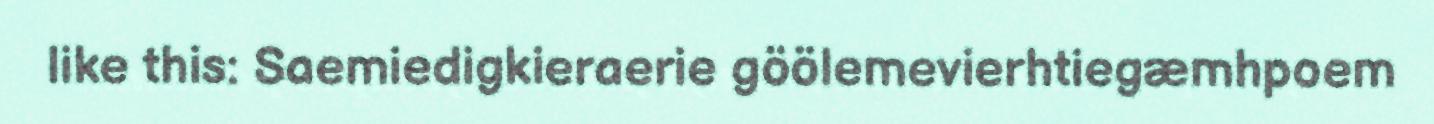
like this: Saemiedigkieraerie göölemevierhtiegæmhpoem